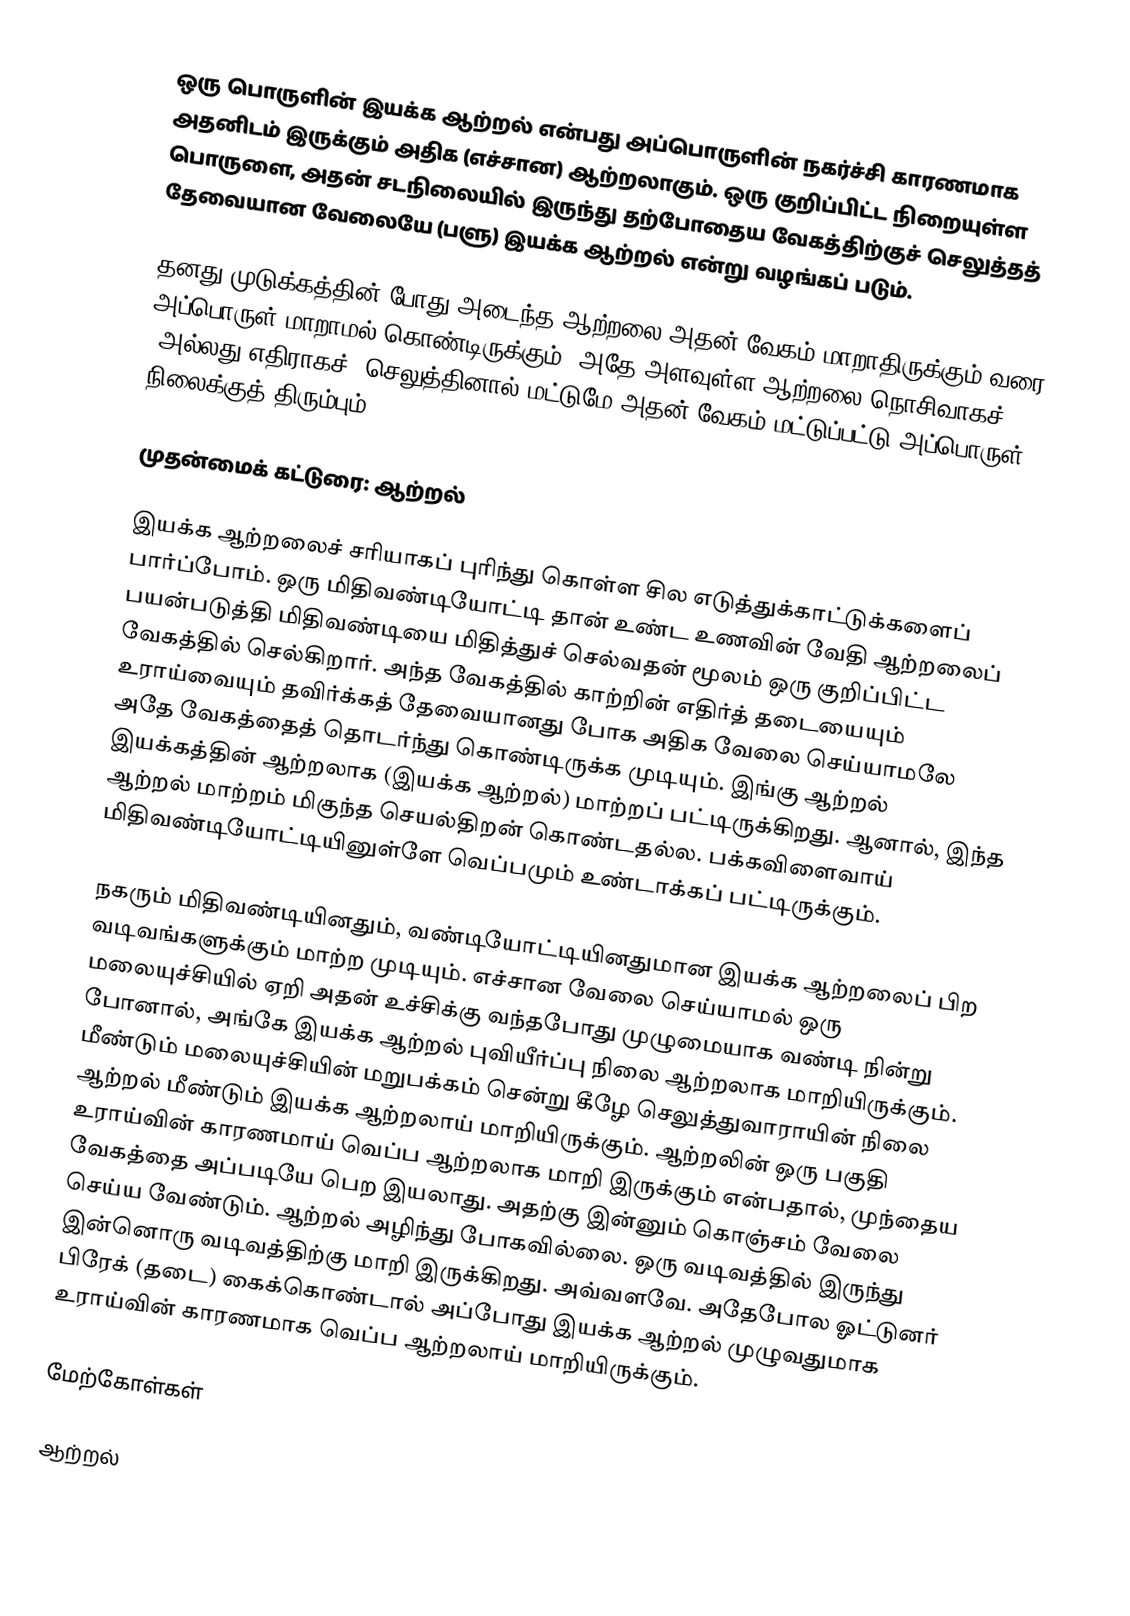
ஒரு பொருளின் இயக்க ஆற்றல் என்பது அப்பொருளின் நகர்ச்சி காரணமாக அதனிடம் இருக்கும் அதிக (எச்சான) ஆற்றலாகும். ஒரு குறிப்பிட்ட நிறையுள்ள பொருளை, அதன் சடநிலையில் இருந்து தற்போதைய வேகத்திற்குச் செலுத்தத் தேவையான வேலையே (பளு) இயக்க ஆற்றல் என்று வழங்கப் படும்.

தனது முடுக்கத்தின் போது அடைந்த ஆற்றலை அதன் வேகம் மாறாதிருக்கும் வரை அப்பொருள் மாறாமல் கொண்டிருக்கும். அதே அளவுள்ள ஆற்றலை நொசிவாகச் (அல்லது எதிராகச்) செலுத்தினால் மட்டுமே அதன் வேகம் மட்டுப்பட்டு அப்பொருள் நிலைக்குத் திரும்பும்.

முதன்மைக் கட்டுரை: ஆற்றல்

இயக்க ஆற்றலைச் சரியாகப் புரிந்து கொள்ள சில எடுத்துக்காட்டுக்களைப் பார்ப்போம். ஒரு மிதிவண்டியோட்டி தான் உண்ட உணவின் வேதி ஆற்றலைப் பயன்படுத்தி மிதிவண்டியை மிதித்துச் செல்வதன் மூலம் ஒரு குறிப்பிட்ட வேகத்தில் செல்கிறார். அந்த வேகத்தில் காற்றின் எதிர்த் தடையையும் உராய்வையும் தவிர்க்கத் தேவையானது போக அதிக வேலை செய்யாமலே அதே வேகத்தைத் தொடர்ந்து கொண்டிருக்க முடியும். இங்கு ஆற்றல் இயக்கத்தின் ஆற்றலாக (இயக்க ஆற்றல்) மாற்றப் பட்டிருக்கிறது. ஆனால், இந்த ஆற்றல் மாற்றம் மிகுந்த செயல்திறன் கொண்டதல்ல. பக்கவிளைவாய் மிதிவண்டியோட்டியினுள்ளே வெப்பமும் உண்டாக்கப் பட்டிருக்கும்.

நகரும் மிதிவண்டியினதும், வண்டியோட்டியினதுமான இயக்க ஆற்றலைப் பிற வடிவங்களுக்கும் மாற்ற முடியும். எச்சான வேலை செய்யாமல் ஒரு மலையுச்சியில் ஏறி அதன் உச்சிக்கு வந்தபோது முழுமையாக வண்டி நின்று போனால், அங்கே இயக்க ஆற்றல் புவியீர்ப்பு நிலை ஆற்றலாக மாறியிருக்கும். மீண்டும் மலையுச்சியின் மறுபக்கம் சென்று கீழே செலுத்துவாராயின் நிலை ஆற்றல் மீண்டும் இயக்க ஆற்றலாய் மாறியிருக்கும். ஆற்றலின் ஒரு பகுதி உராய்வின் காரணமாய் வெப்ப ஆற்றலாக மாறி இருக்கும் என்பதால், முந்தைய வேகத்தை அப்படியே பெற இயலாது. அதற்கு இன்னும் கொஞ்சம் வேலை செய்ய வேண்டும். ஆற்றல் அழிந்து போகவில்லை. ஒரு வடிவத்தில் இருந்து இன்னொரு வடிவத்திற்கு மாறி இருக்கிறது. அவ்வளவே. அதேபோல ஓட்டுனர் பிரேக் (தடை) கைக்கொண்டால் அப்போது இயக்க ஆற்றல் முழுவதுமாக உராய்வின் காரணமாக வெப்ப ஆற்றலாய் மாறியிருக்கும்.

மேற்கோள்கள்

ஆற்றல்